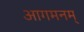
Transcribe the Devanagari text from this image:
आगमनम्